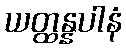
ယတ္ထန္နပါနံ